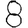
Digit: 8